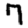
Digit: 7